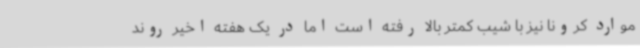
موارد کرونا نیز با شیب کمتر بالا رفته است اما در یک هفته اخیر روند